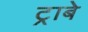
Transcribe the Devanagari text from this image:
ट्राबे